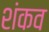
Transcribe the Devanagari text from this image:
शंकव